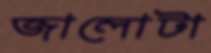
জালোটা